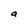
Character: a